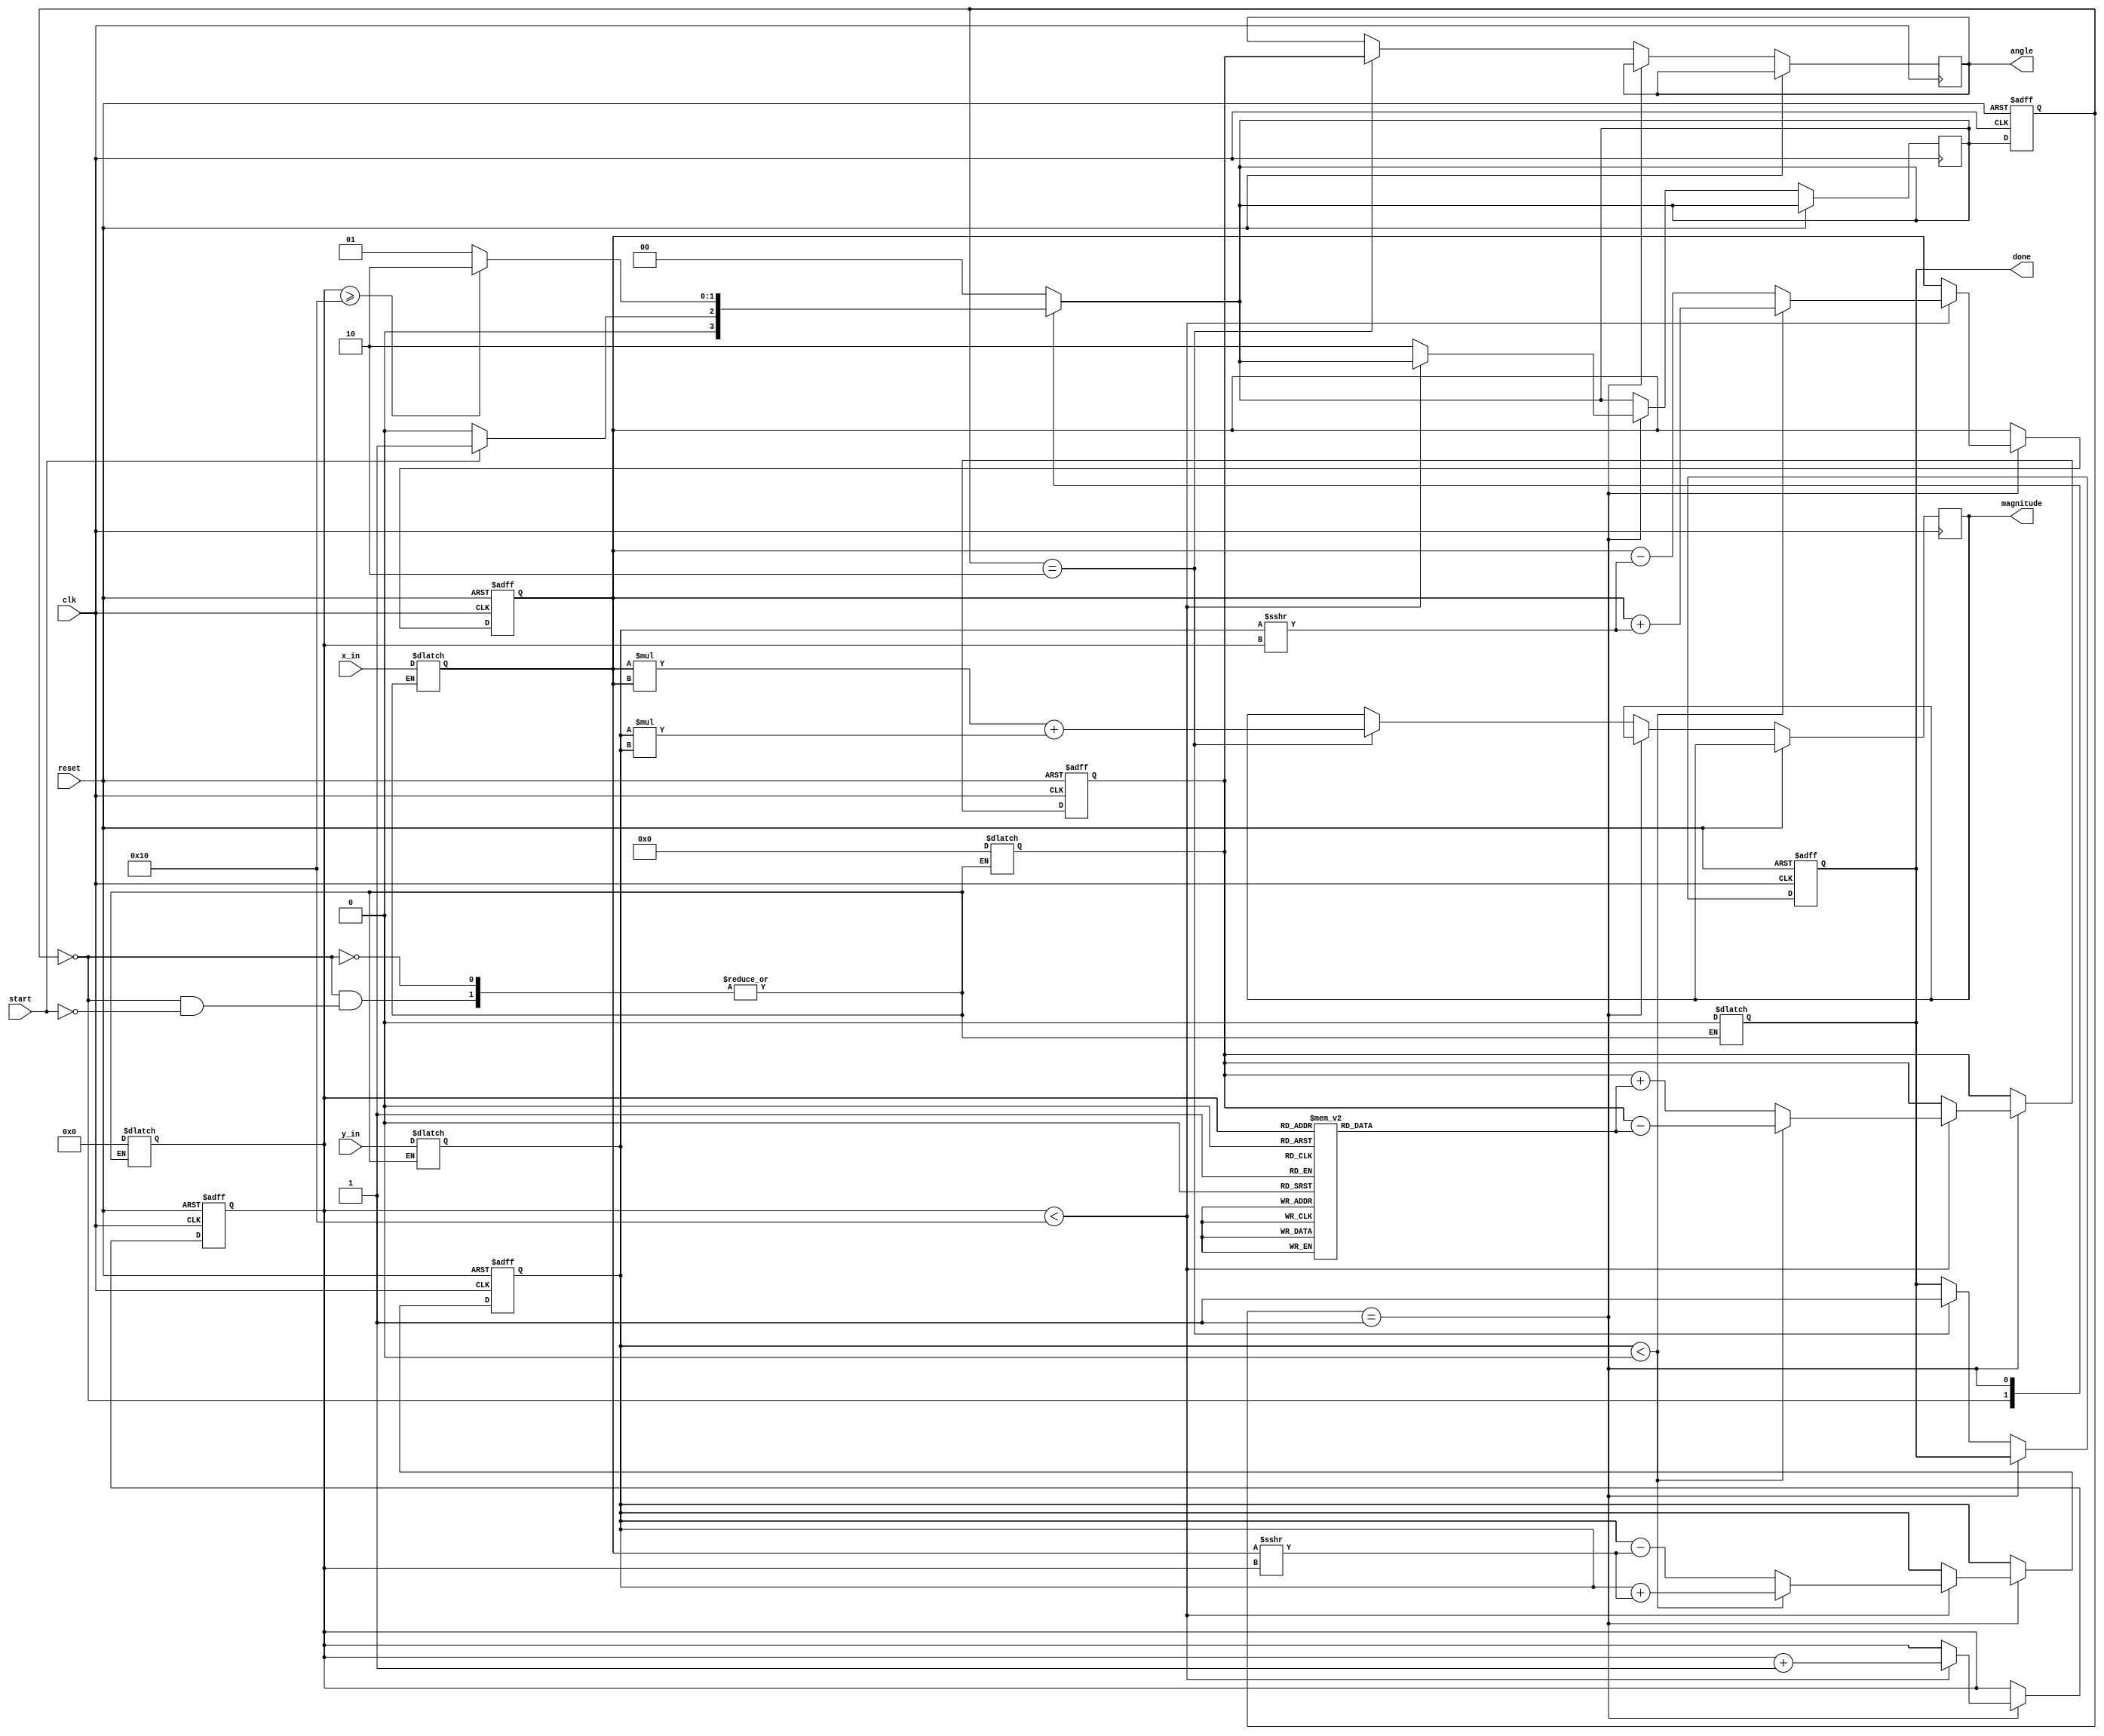
module Vectoring_CORDIC #(
    parameter N = 16,    // Bit width for input coordinates
    parameter M = 16,    // Bit width for angle output
    parameter ITERATIONS = 16 // Number of iterations
)(
    input [N-1:0] x_in,
    input [N-1:0] y_in,
    input start,
    input clk,
    input reset,
    output reg [N-1:0] magnitude,
    output reg [M-1:0] angle,
    output reg done
);

    // CORDIC rotation angles (arctan(2^-i))
    reg [M-1:0] atan_table [0:ITERATIONS-1];
    initial begin
        // Fill in the atan_table with appropriate values for each iteration
        atan_table[0] = 16'h2000; // atan(1/1) = 45 degrees in fixed-point representation
        atan_table[1] = 16'h1000; // atan(1/2) = 26.565 degrees
        // ... (fill in table for all iterations)
        atan_table[2] = 16'h0800; // atan(1/4) = 14.036 degrees
        // Continue filling in for all necessary values
        // atan_table[n] = ...
    end

    // State Declaration
    localparam IDLE    = 2'b00,
               COMPUTE = 2'b01,
               DONE     = 2'b10;

    reg [1:0] state, next_state;
    reg [N-1:0] x_reg, y_reg;
    reg [M-1:0] z_reg;
    reg [3:0] iter_count; // Assumes max 16 iterations

    // State control logic
    always @(posedge clk or posedge reset) begin
        if (reset) begin
            state <= IDLE;
            iter_count <= 0;
            x_reg <= 0;
            y_reg <= 0;
            z_reg <= 0;
            done <= 0;
        end else begin
            state <= next_state;
            if (state == COMPUTE) begin
                if (iter_count < ITERATIONS) begin
                    // Update x_reg, y_reg, z_reg based on CORDIC rotation
                    // Calculate values based on CORDIC iterative rotation
                    // Direction of rotation (+/-) depends on y_reg value
                    if (y_reg < 0) begin
                        x_reg <= x_reg + (y_reg >>> iter_count);
                        y_reg <= y_reg + (x_reg >>> iter_count);
                        z_reg <= z_reg - atan_table[iter_count];
                    end else begin
                        x_reg <= x_reg - (y_reg >>> iter_count);
                        y_reg <= y_reg - (x_reg >>> iter_count);
                        z_reg <= z_reg + atan_table[iter_count];
                    end
                    iter_count <= iter_count + 1;
                end else begin
                    next_state <= DONE;
                end
            end else if (state == DONE) begin
                // Calculate magnitude
                magnitude <= x_reg * x_reg + y_reg * y_reg; // Pre-magnitude square
                angle <= z_reg; // Directly assign the accumulated angle
                done <= 1; // Signal completion
            end
        end
    end

    // Control state transitions
    always @* begin
        case (state)
            IDLE: begin
                if (start) begin
                    x_reg = x_in;
                    y_reg = y_in;
                    z_reg = 0;
                    iter_count = 0;
                    done = 0;
                    next_state = COMPUTE;
                end else begin
                    next_state = IDLE;
                end
            end
            COMPUTE: begin
                if (iter_count >= ITERATIONS) begin
                    next_state = DONE;
                end else begin
                    next_state = COMPUTE;
                end
            end
            DONE: begin
                next_state = IDLE; // Go back to IDLE after completion
            end
            default: next_state = IDLE;
        endcase
    end

endmodule